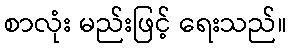
စာလုံး မည်းဖြင့် ရေးသည်။